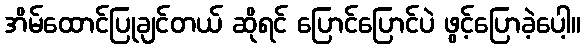
အိမ်ထောင်ပြုချင်တယ် ဆိုရင် ပြောင်ပြောင်ပဲ ဖွင့်ပြောခဲ့ပေါ့။